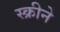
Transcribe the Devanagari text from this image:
स्क्रीने